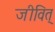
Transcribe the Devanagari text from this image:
जीवित्